Indian journal of veterinary science and animal husbandry - Volumes 15-17, 1948-1951
Year: 1948
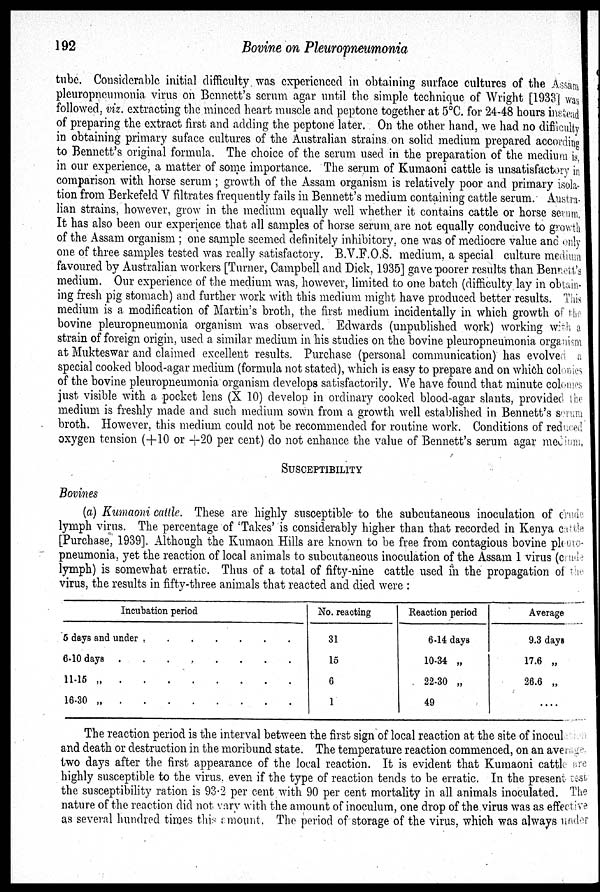
192
Bovine on Pleuropneumonia
tube. Considerable initial difficulty was experienced in obtaining surface cultures of the Assam
pleuropneumonia virus on Bennett's serum agar until the simple technique of Wright [1933] was
followed, viz. extracting the minced heart muscle and peptone together at 5°C. for 24-48 hours instead
of preparing the extract first and adding the peptone later. On the other hand, we had no difficulty
in obtaining primary suface cultures of the Australian strains on solid medium prepared according
to Bennett's original formula. The choice of the serum used in the preparation of the medium is,
in our experience, a matter of some importance. The serum of Kumaoni cattle is unsatisfactory in
comparison with horse serum; growth of the Assam organism is relatively poor and primary isola-
tion from Berkefeld V filtrates frequently fails in Bennett's medium containing cattle serum. Austra-
lian strains, however, grow in the medium equally well whether it contains cattle or horse serum.
It has also been our experience that all samples of horse serum, are not equally conducive to growth
of the Assam organism; one sample seemed definitely inhibitory, one was of mediocre value and only
one of three samples tested was really satisfactory. B.V.F.O.S. medium, a special culture medium
favoured by Australian workers [Turner, Campbell and Dick, 1935] gave poorer results than Bennett's
medium. Our experience of the medium was, however, limited to one batch (difficulty, lay in obtain-
ing fresh pig stomach) and further work with this medium might have produced better results. This
medium is a modification of Martin's broth, the first medium incidentally in which growth of the
bovine pleuropneumonia organism was observed. Edwards (unpublished work) working with a
strain of foreign origin, used a similar medium in his studies on the bovine pleuropneumonia organism
at Mukteswar and claimed excellent results. Purchase (personal communication) has evolved a
special cooked blood-agar medium (formula not stated), which is easy to prepare and on which colonies
of the bovine pleuropneumonia organism develops satisfactorily. We have found that minute colonies
just visible with a pocket lens (X 10) develop in ordinary cooked blood-agar slants, provided the
medium is freshly made and such medium sown from a growth well established in Bennett's serum
broth. However, this medium could not be recommended for routine work. Conditions of reduced
oxygen tension (+10 or +20 per cent) do not enhance the value of Bennett's serum agar medium,
SUSCEPTIBILITY
Bovines
(a) Kumaoni cattle. These are highly susceptible to the subcutaneous inoculation of crude
lymph virus. The percentage of 'Takes' is considerably higher than that recorded in Kenya cattle
[Purchase, 1939]. Although the Kumaon Hills are known to be free from contagious bovine pleuro-
pneumonia, yet the reaction of local animals to subcutaneous inoculation of the Assam 1 virus (crude
lymph) is somewhat erratic. Thus of a total of fifty-nine cattle used in the propagation of the
virus, the results in fifty-three animals that reacted and died were:
Incubation period
5 days and under
.
.
.
.
.
.
.
6-10 days
.
.
.
.
.
.
.
.
.
11-15 „ . . . . . . . .
16-30 „
.
.
.
.
.
.
.
.
No. reacting
31
15
6
1
Reaction period
6-14 days
10-34 „
22-30 „
49
Average
9.3 days
17.6 „
26.6 „
....
The reaction period is the interval between the first sign of local reaction at the site of inoculation
and death or destruction in the moribund state. The temperature reaction commenced, on an average
two days after the first appearance of the local reaction. It is evident that Kumaoni cattle are
highly susceptible to the virus, even if the type of reaction tends to be erratic. In the present test
the susceptibility ration is 93.2 per cent with 90 per cent mortality in all animals inoculated. The
nature of the reaction did not vary with the amount of inoculum, one drop of the virus was as effective
as several hundred times this amount. The period of storage of the virus, which was always under